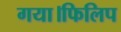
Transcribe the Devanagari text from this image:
गया।फिलिप